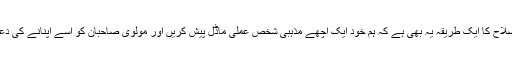
ان کی اصلاح کا ایک طریقہ یہ بھی ہے کہ ہم خود ایک اچھے مذہبی شخص عملی ماڈل پیش کریں اور مولوی صاحبان کو اسے اپنانے کی دعوت دیں۔